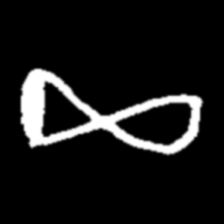
Pyu character \u2014 Myanmar letter: ဆ (romanized: cha)